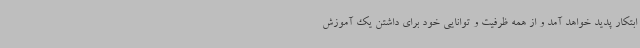
ابتکار پدید خواهد آمد و از همه ظرفیت و توانایی خود برای داشتن یک آموزش